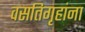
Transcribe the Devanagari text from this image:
वसतिगृहांना